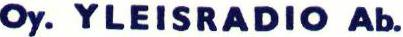
Oy. YLEISRADIO Ab.